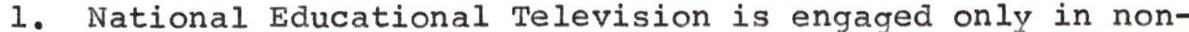
1. National Educational Television is engaged only in non-